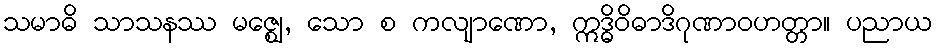
သမာဓိ သာသနဿ မဇ္ဈေ, သော စ ကလျာဏော, ဣဒ္ဓိဝိဓာဒိဂုဏာဝဟတ္တာ။ ပညာယ